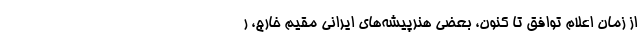
از زمان اعلام توافق تا کنون، بعضی هنرپیشه‌های ایرانی مقیم خارج، ر